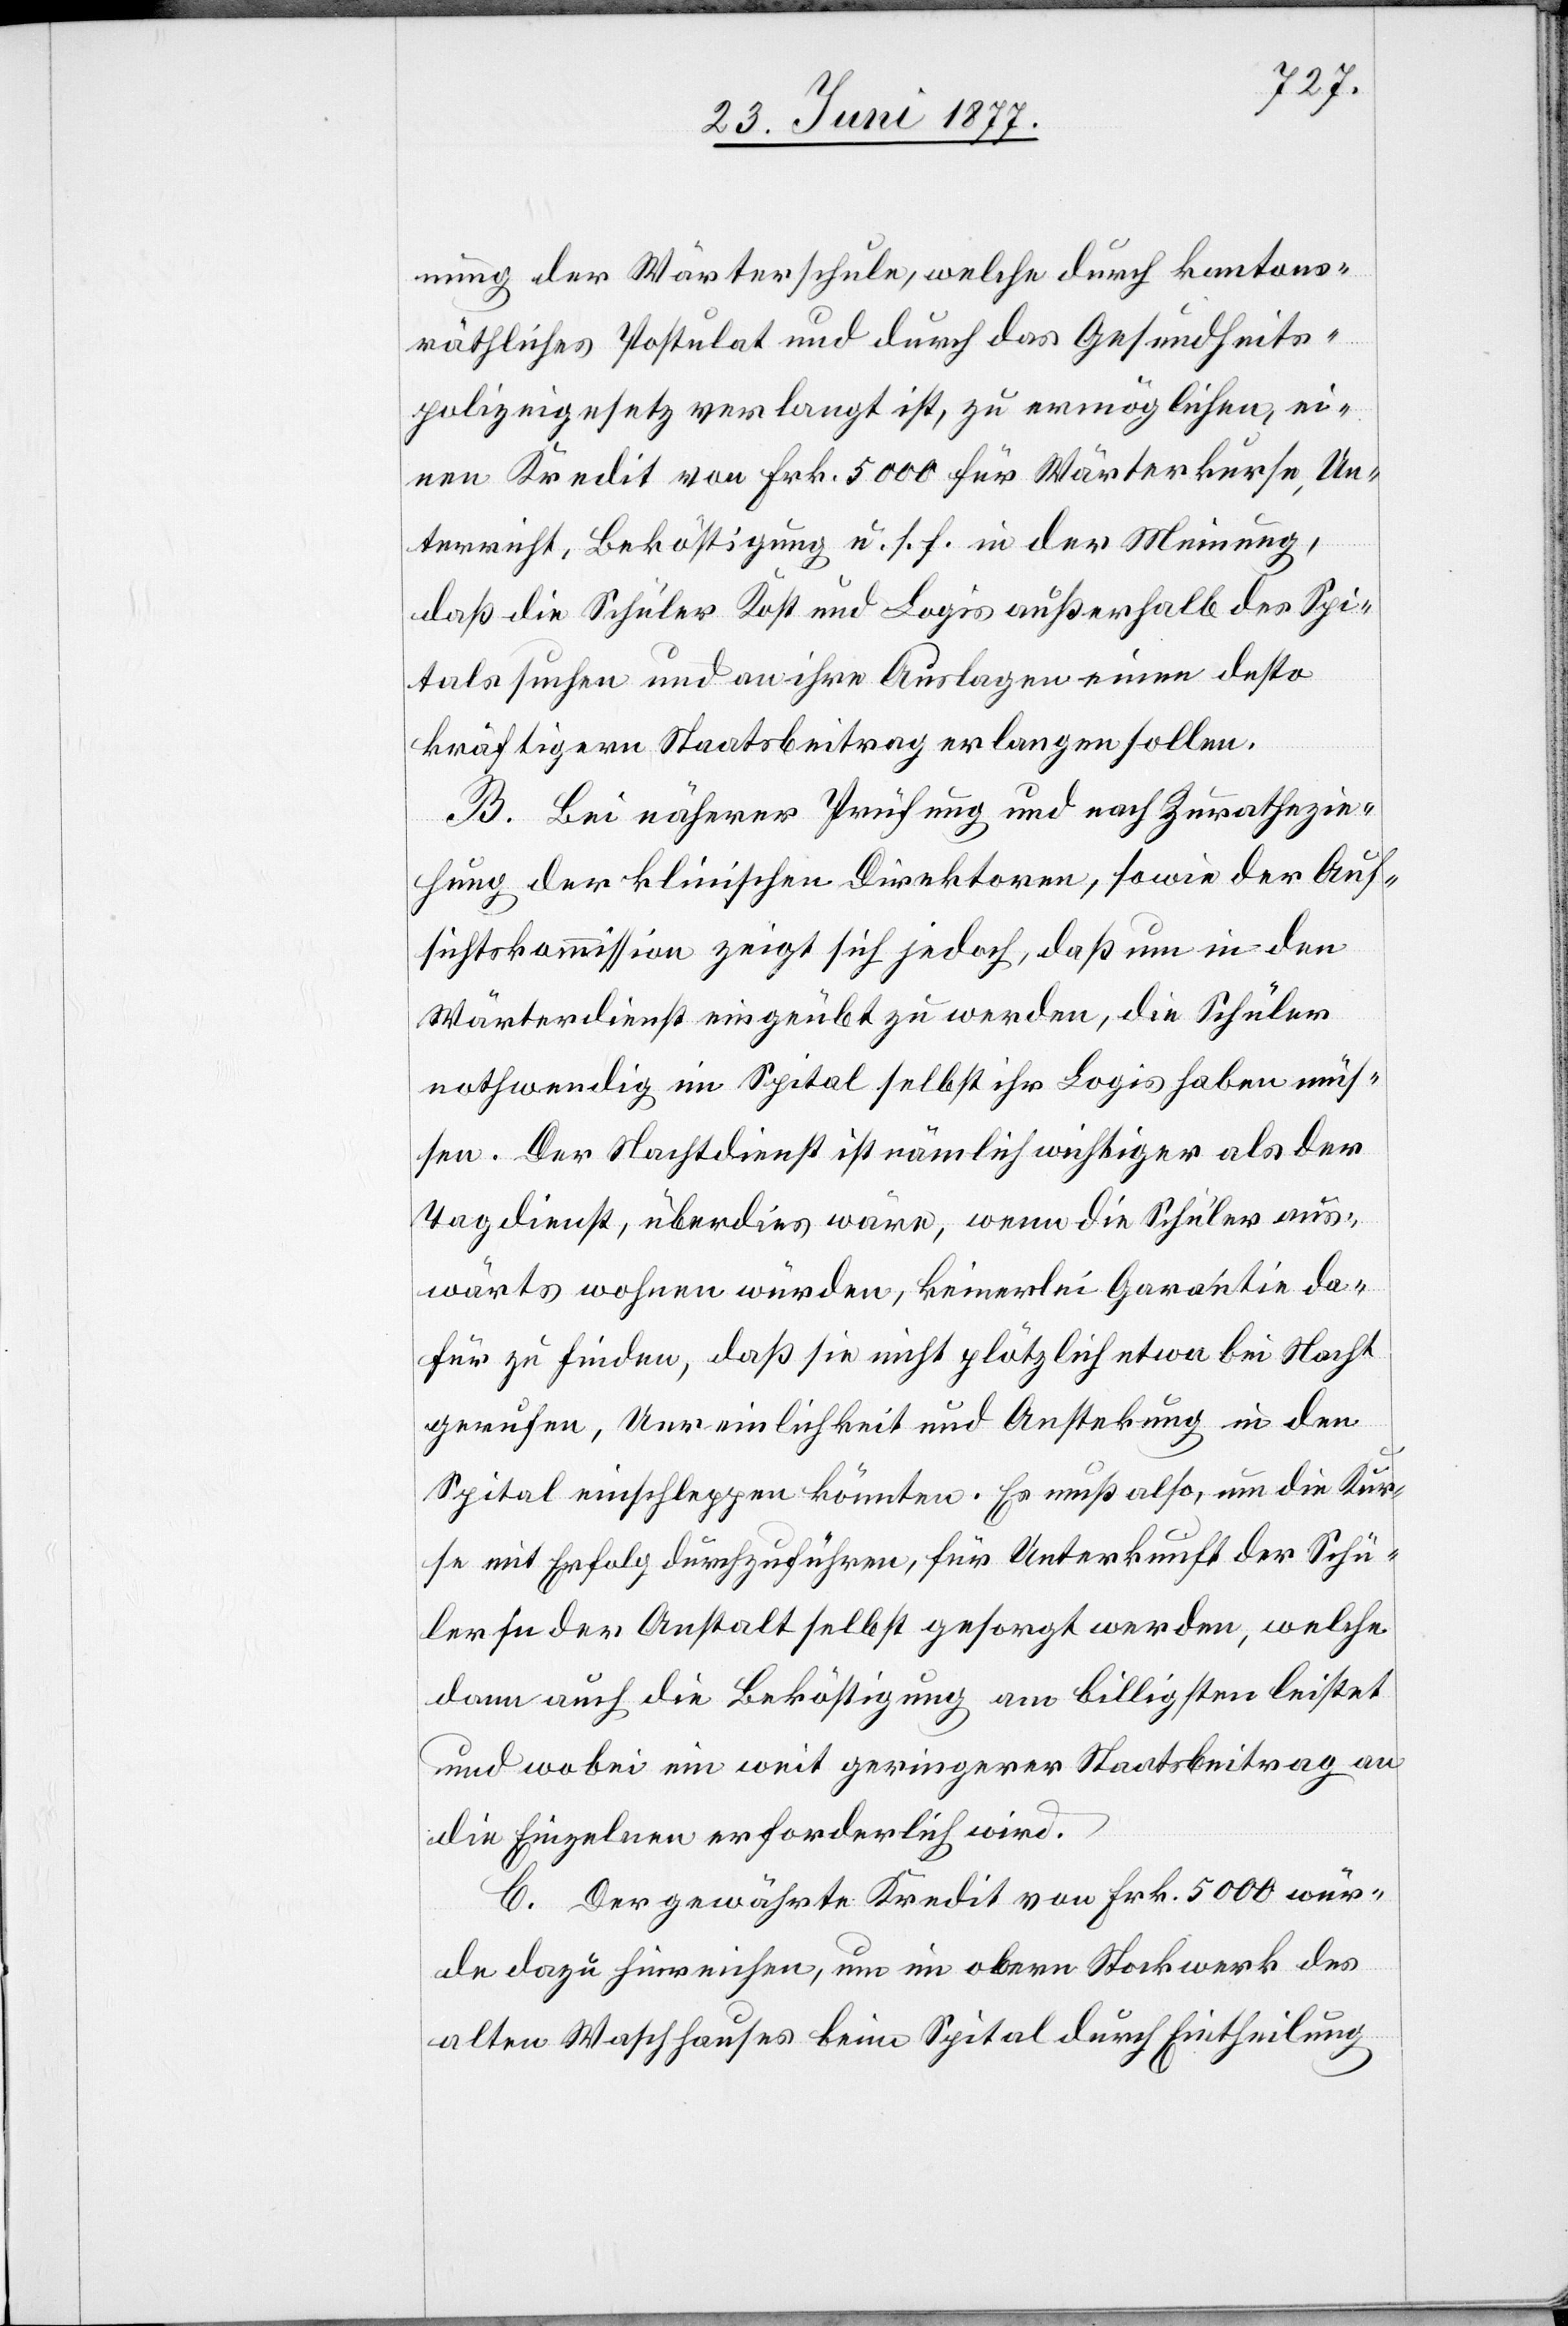
nung der Wärterschule, welche durch kantons¬
räthliches Postulat und durch das Gesundheits¬
polizeigesetz verlangt ist, zu ermöglichen, ei¬
nen Kredit von Frk. 5000 für Wärterkurse, Un¬
terricht, Beköstigung u. s. f. in der Meinung,
daß die Schüler Kost und Logis außerhalb des Spi¬
tals suchen und an ihre Auslagen einen desto
kräftigern Staatsbeitrag erlangen sollen.
B. Bei näherer Prüfung und nach Zurathezie¬
hung der klinischen Direktoren, sowie der Auf¬
sichtskommission zeigt sich jedoch, daß um in den
Wärterdienst eingeübt zu werden, die Schüler
nothwendig im Spital selbst ihr Logis haben müs¬
sen. Der Nachdienst ist nämlich wichtiger als der
Tagdienst, überdies wäre, wenn die Schüler aus¬
wärts wohnen würden, keinerlei Garantie da¬
für zu finden, daß sie nicht plötzlich bei Nacht
gerufen, Unreinlichkeit und Ansteckung in den
Spital einschleppen könnten. Es muß also, um die Kur¬
se mit Erfolg durchzuführen, für Unterkunft der Schü¬
ler in der Anstalt selbst gesorgt werden, welche
dann auch die Beköstigung am billigsten leistet
und wobei ein weit geringerer Staatsbeitrag an
die Einzelnen erforderlich wird.
C. Der gewährte Kredit von Frk. 5000 wür¬
de dazu hinreichen, um im obern Stockwerk des
alten Waschhauses beim Spital durch Eintheilung